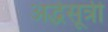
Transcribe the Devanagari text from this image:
अर्द्धसूत्री